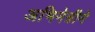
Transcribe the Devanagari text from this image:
अभिनेत्रीने